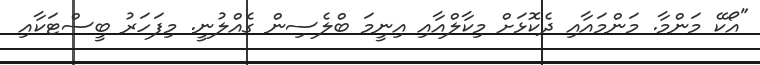
"އޯކޭ މަންމާ. މަންމައާއި ދެކޮޅަށް މިކާލްއާއި އިނީމަ ބްލެސިން ގެއްލުނީ. މިފަހަރު ބީސްޓަކާއި